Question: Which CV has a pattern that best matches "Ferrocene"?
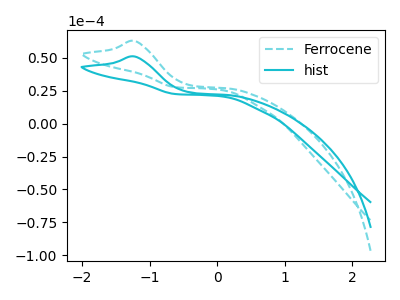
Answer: <think>The cyan dashed curve "Ferrocene" has an anodic peak at: (-1.20V, 62.90uA). The cyan curve "hist" has an anodic peak at: (-1.20V, 51.10uA).
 All the peaks in "Ferrocene" have a peak in "hist" at the same potential. Every peak in "Ferrocene" is higher than every peak in "hist".</think>
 <answer>The CV with the most similar shape to "hist" is "Ferrocene".</answer>
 <eval>"Ferrocene"</eval>